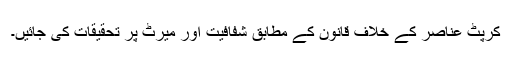
کرپٹ عناصر کے خلاف قانون کے مطابق شفافیت اور میرٹ پر تحقیقات کی جائیں۔